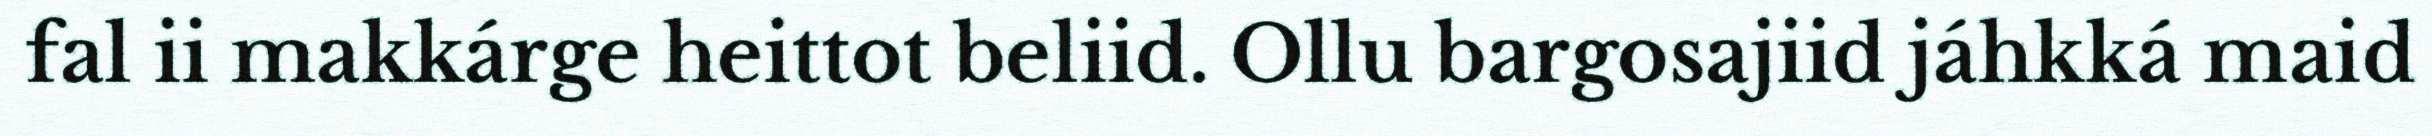
fal ii makkárge heittot beliid. Ollu bargosajiid jáhkká maid